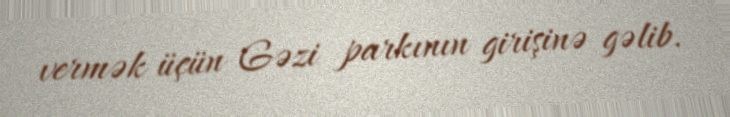
vermək üçün Gəzi parkının girişinə gəlib.